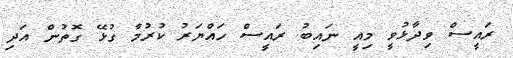
ރައީސް ވިދާޅުވީ މިއީ ނައިބު ރައީސް ހައްޔަރު ކުރުމާ ގުޅޭ ގޮތުން އަދި